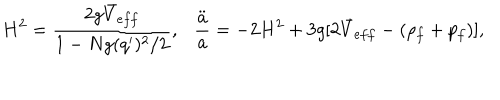
H ^ { 2 } = { \frac { 2 g \bar { V } _ { e f f } } { 1 - N g ( q ^ { \prime } ) ^ { 2 } / 2 } } , \ \ \ { \frac { \ddot { a } } { a } } = - 2 H ^ { 2 } + 3 g [ 2 \bar { V } _ { e f f } - ( \rho _ { f } + p _ { f } ) ] ,